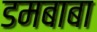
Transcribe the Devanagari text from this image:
डमबाबा